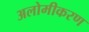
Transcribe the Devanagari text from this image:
अलोमीकरण